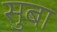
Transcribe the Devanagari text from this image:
सुबा